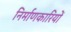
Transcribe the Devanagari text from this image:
निर्माणकारियों